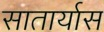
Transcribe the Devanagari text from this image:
सातार्यास